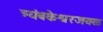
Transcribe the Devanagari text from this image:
त्र्यंबकेश्वरजवळ